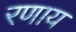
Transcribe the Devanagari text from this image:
रणाय